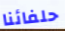
حلفائنا